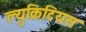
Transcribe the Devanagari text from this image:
ल्युक्रिटियस